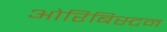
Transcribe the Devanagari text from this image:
ओरिबिस्टन